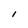
Character: l